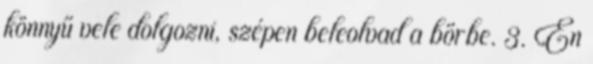
könnyű vele dolgozni, szépen beleolvad a bőrbe. 3. Én